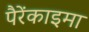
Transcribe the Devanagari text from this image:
पैरेंकाइमा